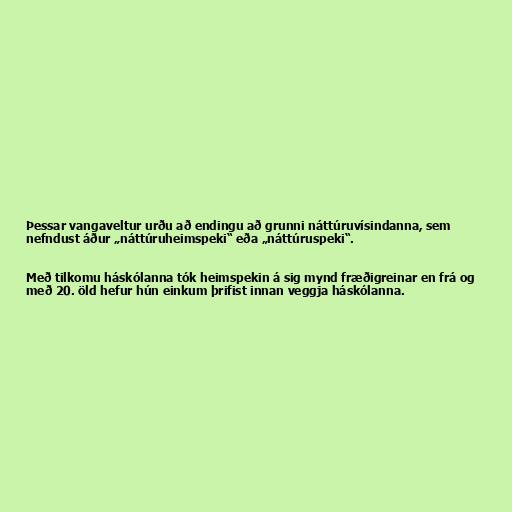
Þessar vangaveltur urðu að endingu að grunni náttúruvísindanna, sem
nefndust áður „náttúruheimspeki“ eða „náttúruspeki“.

Með tilkomu háskólanna tók heimspekin á sig mynd fræðigreinar en frá og
með 20. öld hefur hún einkum þrifist innan veggja háskólanna.